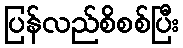
ပြန်လည်စိစစ်ပြီး